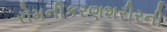
રોમનીકરણશરીરની